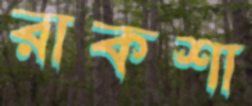
রাকশা